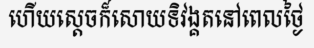
ហើយស្តេចក៏សោយទិវង្គតនៅពេលថ្ងៃ